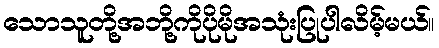
သောသူတို့အဘို့ကိုပိုမိုအသုံးပြုပါလိမ့်မယ်။